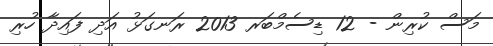
މަސް ކުރިން - 12 ޑިސެމްބަރ 2013 ރަނގަޅު އަދި ފައިދާ ހުރި